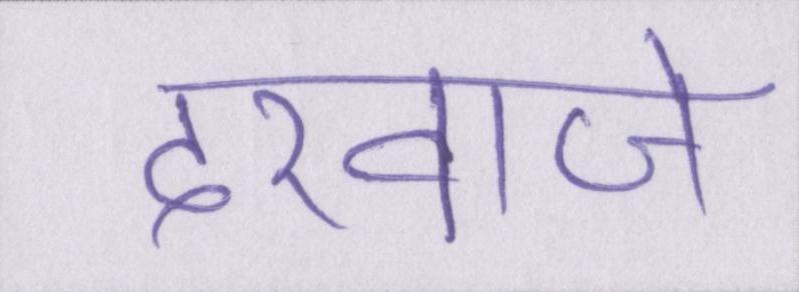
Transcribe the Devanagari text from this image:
दरवाजे